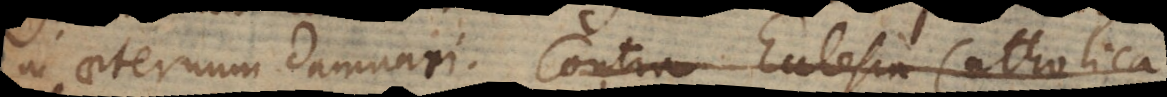
in aeternum damnari. Contra Ecclesia Catholica